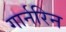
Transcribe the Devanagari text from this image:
गार्नरिन